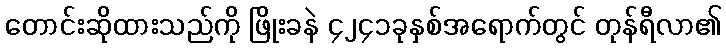
တောင်းဆိုထားသည်ကို ဖြိုးခနဲ ၄၂၄၁ခုနှစ်အရောက်တွင် တုန်ရီလာ၏